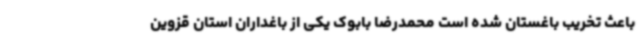
باعث تخریب باغستان شده است محمدرضا بابوک یکی از باغداران استان قزوین